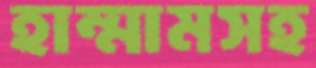
হাম্মামসহ